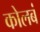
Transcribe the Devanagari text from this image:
कोलबं